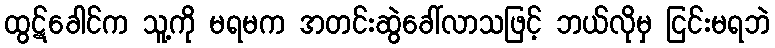
ထွဋ်ခေါင်က သူ့ကို မရမက အတင်းဆွဲခေါ်လာသဖြင့် ဘယ်လိုမှ ငြင်းမရဘဲ